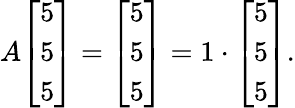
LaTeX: A{\left[\begin{array}{l}{5}\\ {5}\\ {5}\end{array}\right]}={\left[\begin{array}{l}{5}\\ {5}\\ {5}\end{array}\right]}=1\cdot{\left[\begin{array}{l}{5}\\ {5}\\ {5}\end{array}\right]}.